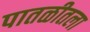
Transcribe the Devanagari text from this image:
पातळीतला